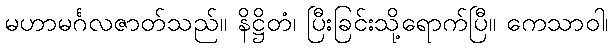
မဟာမင်္ဂလဇာတ်သည်။ နိဋ္ဌိတံ၊ ပြီးခြင်းသို့ရောက်ပြီ။ ကေသာဝါ၊